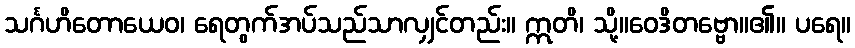
သင်္ဂဟိတောယေဝ၊ ရေတွက်အပ်သည်သာလျှင်တည်း။ ဣတိ၊ သို့။ဝေဒိတဗ္ဗော။၏။ ပရေ။